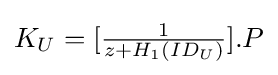
\textstyle K_{U}=[{\frac {1}{z+H_{1}(ID_{U})}}].P